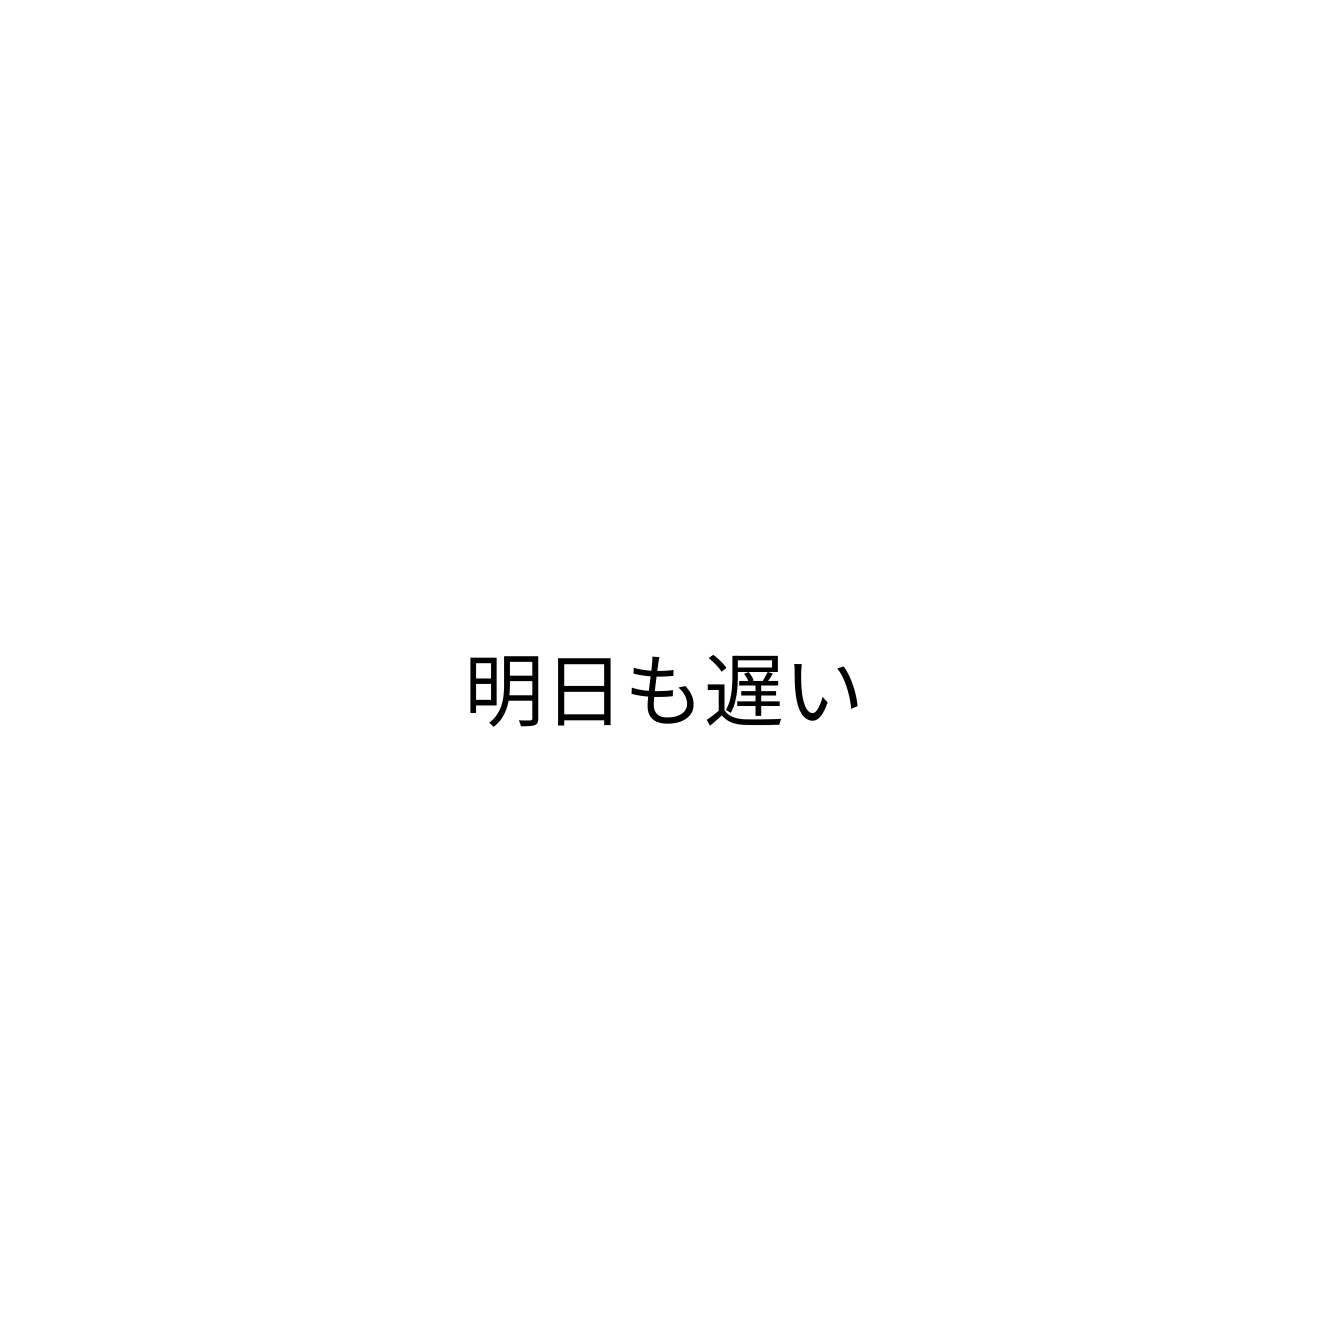
明日も遅い